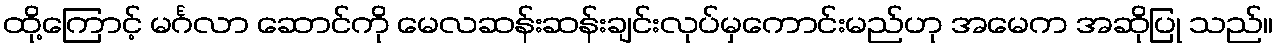
ထို့ကြောင့် မင်္ဂလာ ဆောင်ကို မေလဆန်းဆန်းချင်းလုပ်မှကောင်းမည်ဟု အမေက အဆိုပြု သည်။